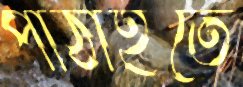
পাঠাইতে